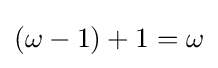
(\omega -1)+1=\omega